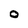
Character: 0